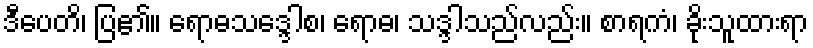
ဒီပေတိ၊ ပြ၏။ ရောဓသဒ္ဒေါစ၊ ရောဓ၊ သဒ္ဒါသည်လည်း။ စာရကံ၊ ခိုးသူထားရာ